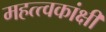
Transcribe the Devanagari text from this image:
महत्त्वकांक्षी